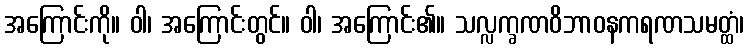
အကြောင်းကို။ ဝါ၊ အကြောင်းတွင်။ ဝါ၊ အကြောင်း၏။ သလ္လက္ခဏဝိဘာဝနကရဏသမတ္ထံ၊